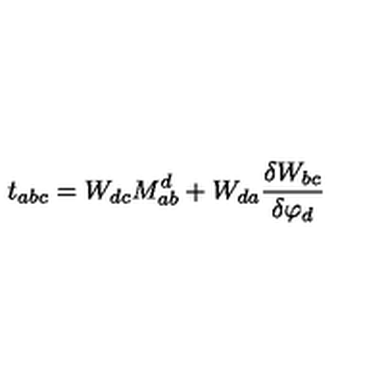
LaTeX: t _ { a b c } = W _ { d c } M _ { a b } ^ { d } + W _ { d a } \frac { \delta W _ { b c } } { \delta \varphi _ { d } }